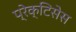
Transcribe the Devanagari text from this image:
प्रेक्टिसेस